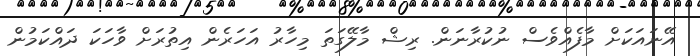
އޭނައަކަށް މާފެއްވެސް ނުކުރާނަން. ރިޝް މާލޭގަތަ މިހާރު އަހަރެން އިތުރަށް ވާހަކަ ދައްކަމުން